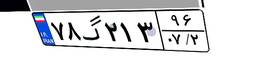
۷۸گ۲۱۳۹۶